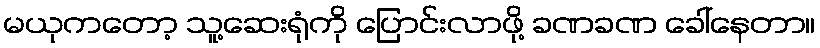
မယုကတော့ သူ့ဆေးရုံကို ပြောင်းလာဖို့ ခဏခဏ ခေါ်နေတာ။